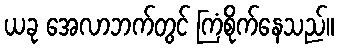
ယခု အေလာဘက်တွင် ကြံစိုက်နေသည်။